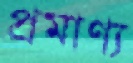
প্রমাণ্য